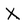
Character: X